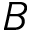
B